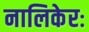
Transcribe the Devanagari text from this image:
नालिकेरः